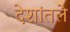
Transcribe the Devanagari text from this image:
देशांतले